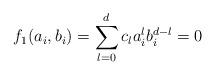
LaTeX: \begin{align*}f_1(a_i,b_i)=\sum_{l=0}^d c_la_i^l b_i^{d-l}=0\end{align*}